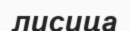
лисица